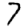
Digit: 7